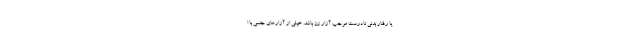
یا رفتار بدنی نادرست موجب آزار زن باشد. خیلی از آزارهای جنسی با ا